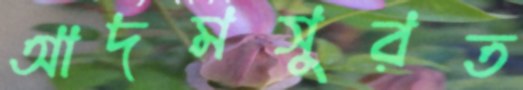
আদমসুরত